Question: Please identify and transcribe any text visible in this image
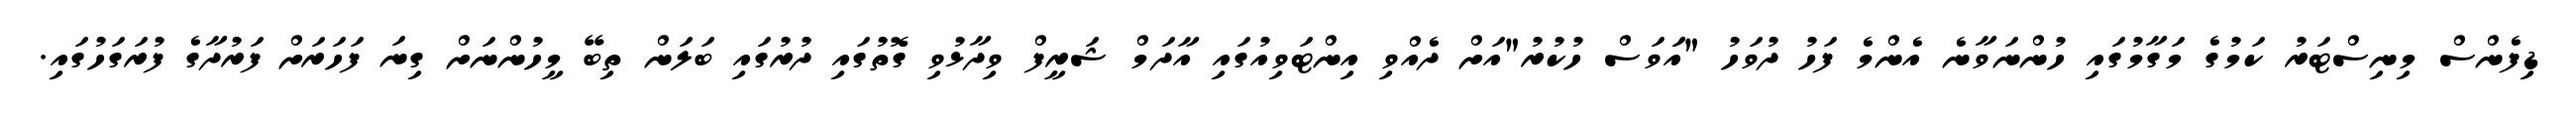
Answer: ޑިފެންސް މިނިސްޓަރު ކަމުގެ މަގާމުގައި ހުންނަވާނެ އެންމެ ފަހު ދުވަހު "އަަވަސް ހުކުރު"އަށް ދެއްވި އިންޓަވިއުގައި އާދަމް ޝަރީފް ވިދާޅުވި ގޮތުގައި ދުރުގައި ބަލަން ތިބޭ މީހުންނަށް ގިނަ ފަހަރަށް ފަރުދާގެ ފުރަގަހުގައި.